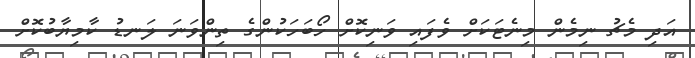
އަދި މެޗު ނިމެން މިނެޓަކަށް ވެފައި ވަނިކޮށް ހޯބަހަކުންގެ ތިންވަނަ ލަނޑު ކާމިޔާބުކޮށް